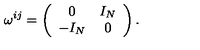
\omega ^ { i j } = \left( \begin{array} { c c } { 0 } & { I _ { N } } \\ { - I _ { N } } & { 0 } \\ \end{array} \right) .